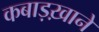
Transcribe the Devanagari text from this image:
कबाड़ख़ाने